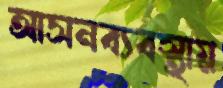
আসনব্যবস্থায়